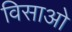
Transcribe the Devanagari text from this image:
विसाओ